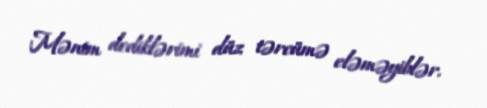
Mənim dediklərimi düz tərcümə eləməyiblər.